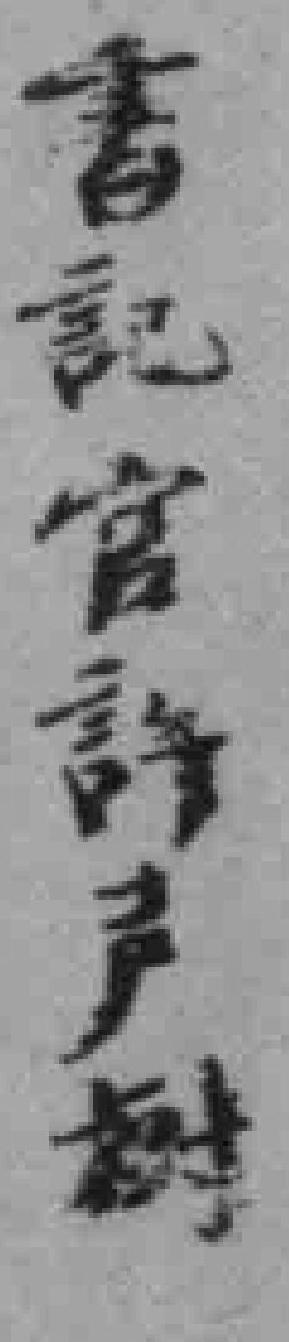
書記官許声樹